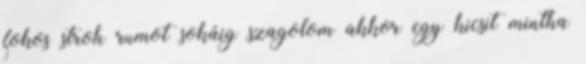
fokos stroh rumot sokáig szagolom akkor egy kicsit mintha